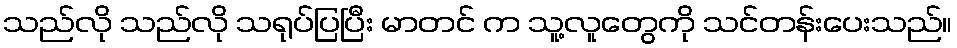
သည်လို သည်လို သရုပ်ပြပြီး မာတင် က သူ့လူတွေကို သင်တန်းပေးသည်။